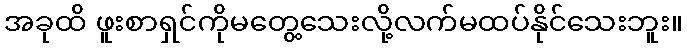
အခုထိ ဖူးစာရှင်ကိုမတွေ့သေးလို့လက်မထပ်နိုင်သေးဘူး။